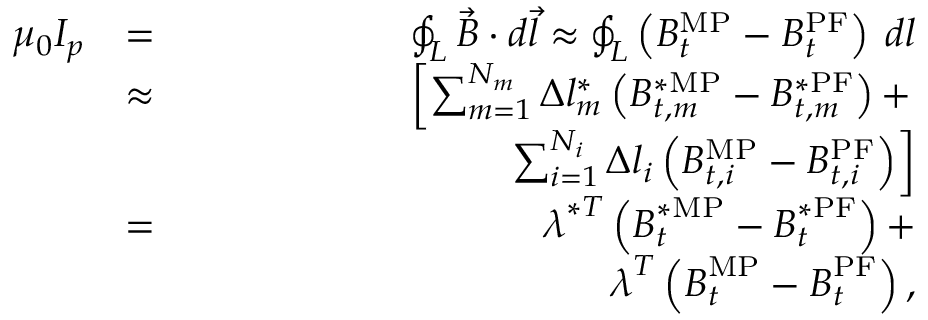
\begin{array} { r l r } { \mu _ { 0 } I _ { p } } & { = } & { \oint _ { L } \vec { B } \cdot d \vec { l } \approx \oint _ { L } \left( B _ { t } ^ { \mathrm { M P } } - B _ { t } ^ { \mathrm { P F } } \right) \: d l } \\ & { \approx } & { \left[ \sum _ { m = 1 } ^ { N _ { m } } \Delta l _ { m } ^ { * } \left( B _ { t , m } ^ { * \mathrm { M P } } - B _ { t , m } ^ { * \mathrm { P F } } \right) + \right. } \\ & { } & { \qquad \qquad \qquad \qquad \left. \sum _ { i = 1 } ^ { N _ { i } } \Delta l _ { i } \left( B _ { t , i } ^ { \mathrm { M P } } - B _ { t , i } ^ { \mathrm { P F } } \right) \right] } \\ & { = } & { \boldsymbol { \lambda } ^ { * T } \left( \boldsymbol { B } _ { t } ^ { * \mathrm { M P } } - \boldsymbol { B } _ { t } ^ { * \mathrm { P F } } \right) + } \\ & { } & { \qquad \qquad \qquad \qquad \boldsymbol { \lambda } ^ { T } \left( \boldsymbol { B } _ { t } ^ { \mathrm { M P } } - \boldsymbol { B } _ { t } ^ { \mathrm { P F } } \right) , } \end{array}